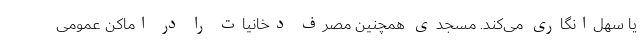
یا سهل‌انگاری می‌کند. مسجدی همچنین مصرف دخانیات را در اماکن عمومی